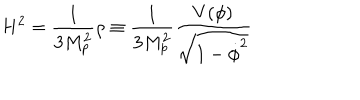
H ^ { 2 } = { \frac { 1 } { 3 M _ { p } ^ { 2 } } } \rho \equiv { \frac { 1 } { 3 M _ { p } ^ { 2 } } } { \frac { V ( \phi ) } { \sqrt { 1 - \dot { \phi } ^ { 2 } } } }